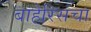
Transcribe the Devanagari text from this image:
बाहेरिसंचा